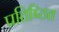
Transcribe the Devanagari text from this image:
प्रतिष्‍ठित